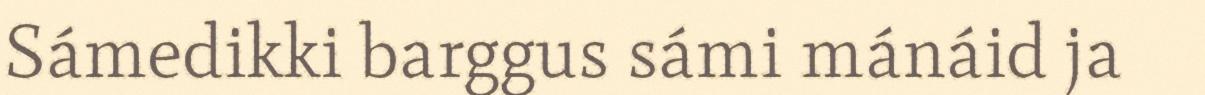
Sámedikki barggus sámi mánáid ja